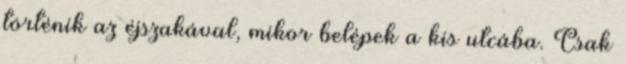
történik az éjszakával, mikor belépek a kis utcába. Csak